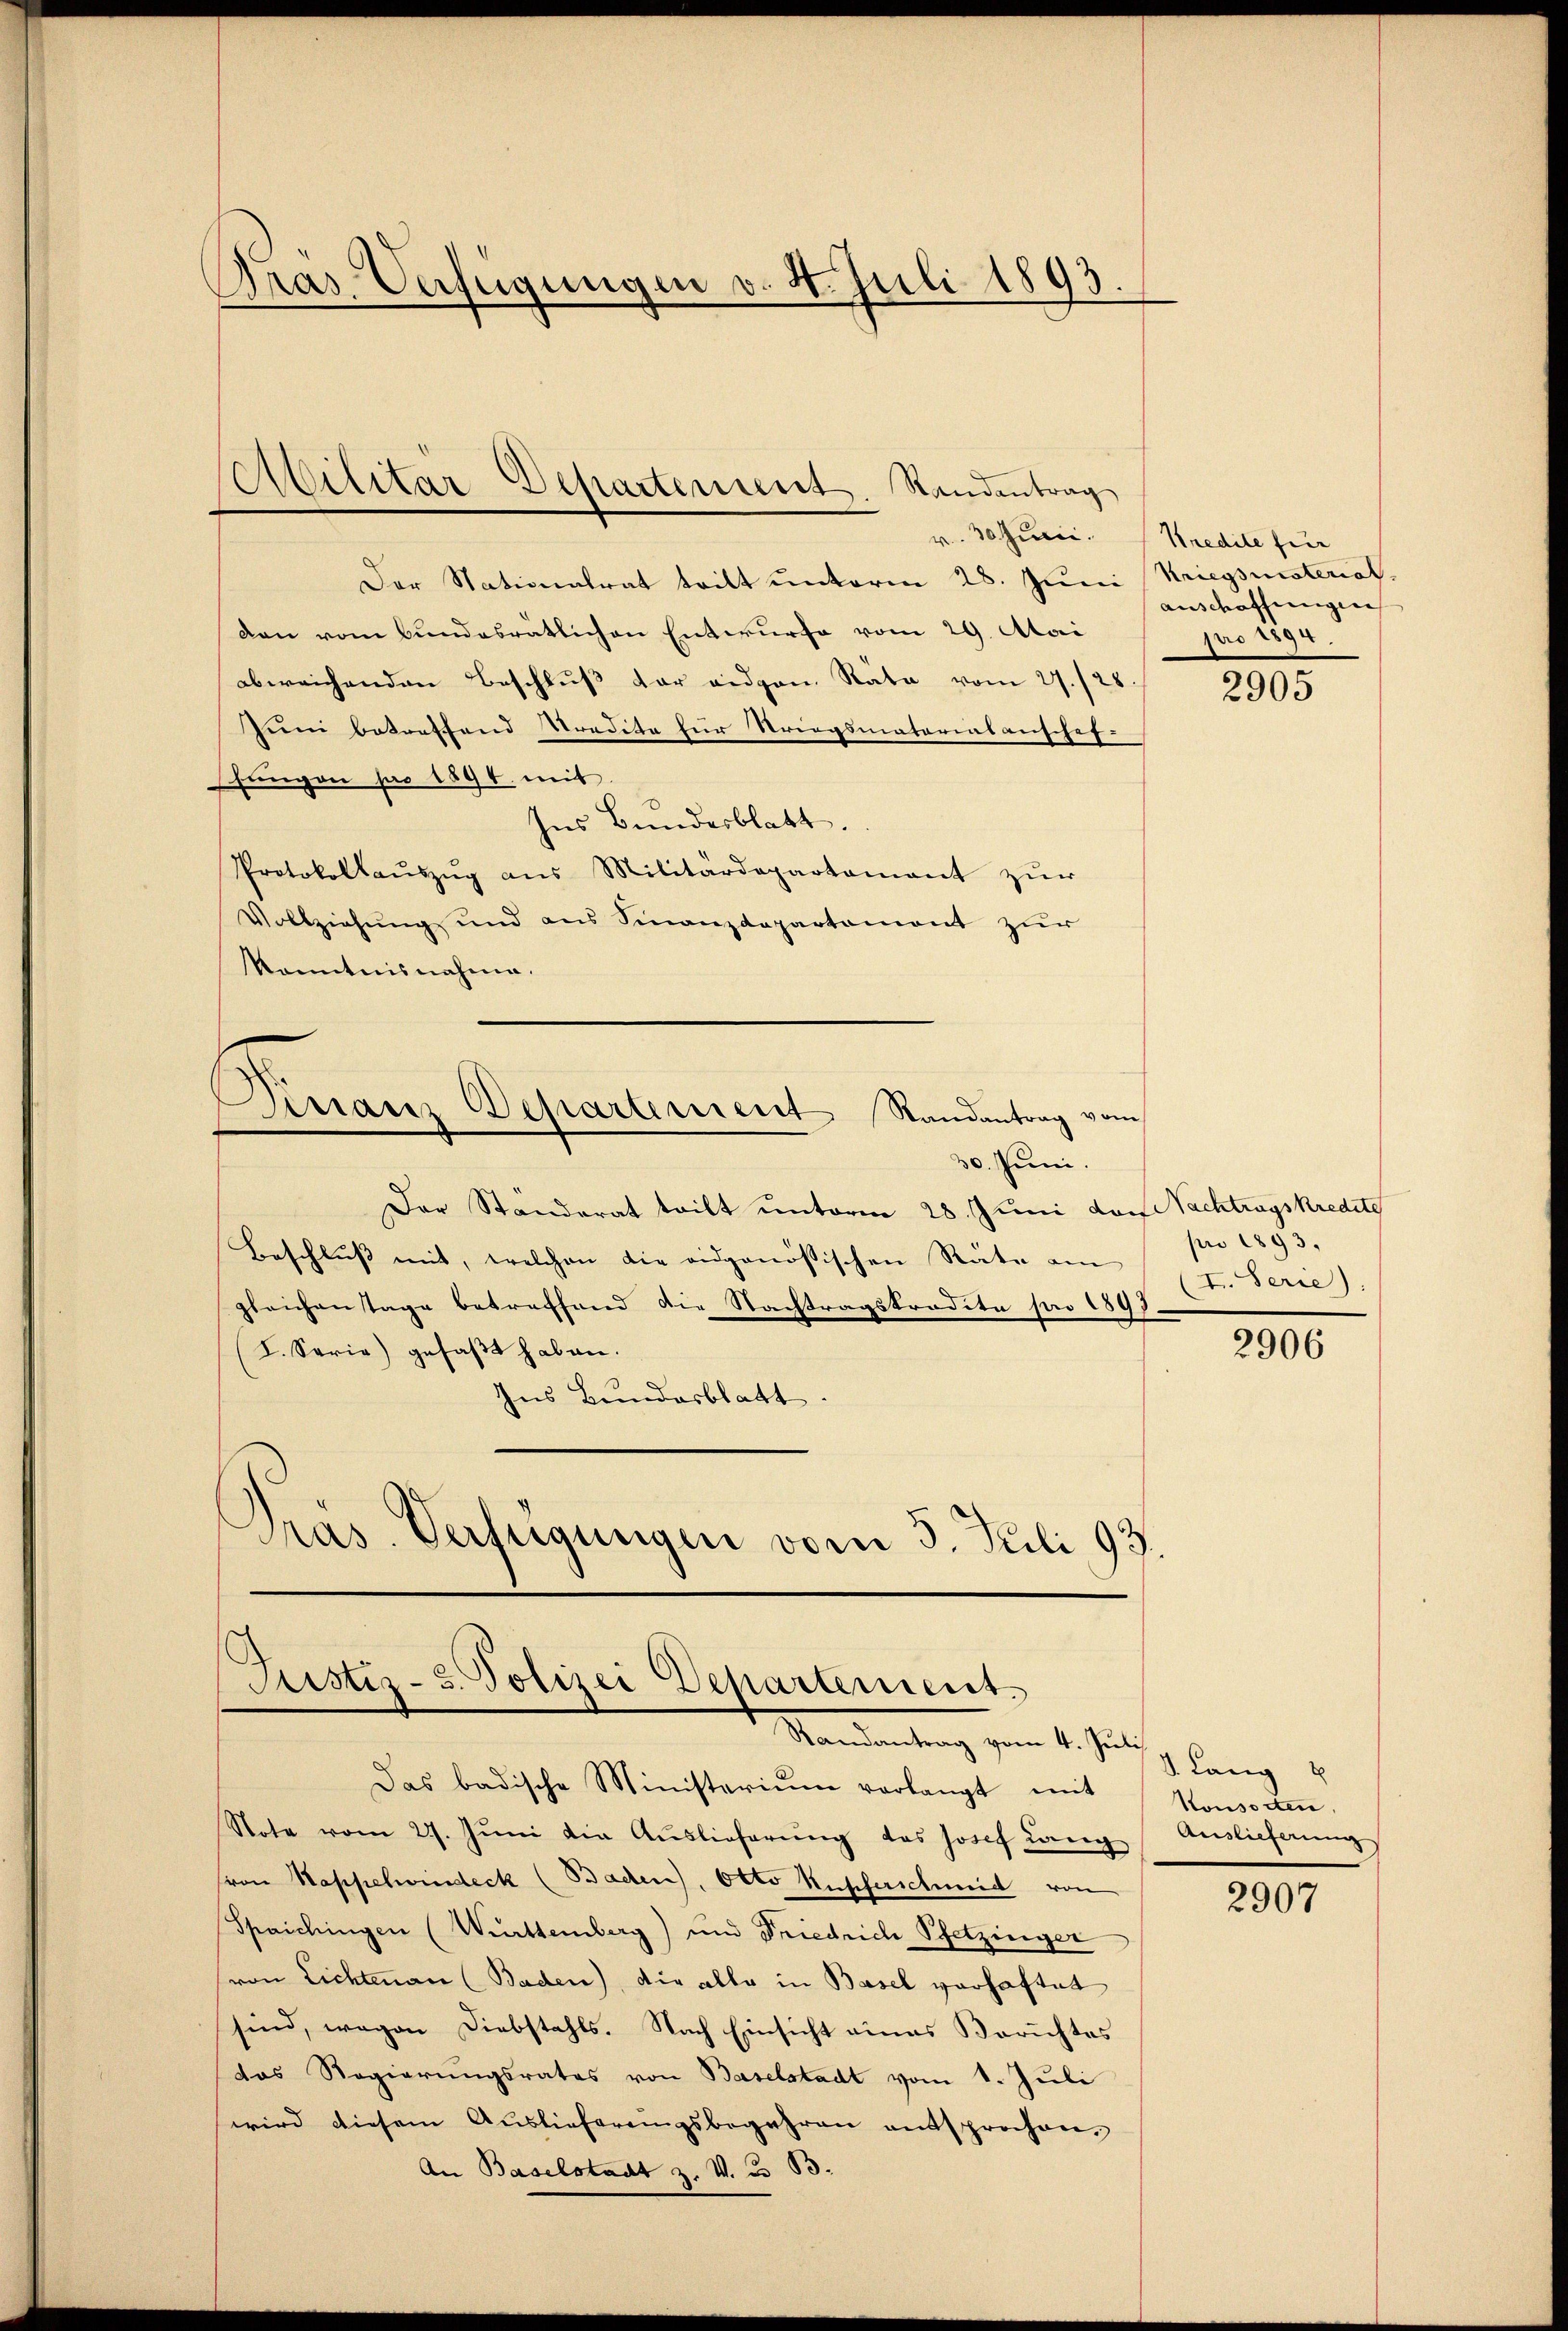
Pras. Verfügungen v. 4. Juli 1893.

Mabilitar Departement. Standentrag

Der Stationalrat tritt unterm 28. Juni Kriegslisteriat
den vom Bundesrätlichen Entwurfe vom 29. Atai
abweichenden Beschlŭβ der eidgen. Räte vom 27./25.
Juni betreffend redita für Striegsmatoriasanschef-
fungen pro 1894. mit
Ins Bundesblatt.
Protokollaŭszŭg ans Militärdepartamant zŭr
Vollziehung und aus Finanzdepartament zur
kanntnisnahme.
Finanz Departement Randantrag vom
30. Juni.
Der Ständerat teilt unterm 28. Juni der Nachtragskredite
Beschluss mit, welchen die eidgenößischen Räte am
gleichenstage betreffend die Nachtragskredite pro 189
I. Serie) gefaßt haben.
Ins Bundesblatt.
Pras-Verfügungen vom 3. Juli 193.

Justiz- u. Polizei Departement.
Randantrag vom 4. Juli

v. Sauce. Kredite für
auschaffungen
pro 1894.

Das badische Ministerium verlangt mit
Note vom 27. Jŭni die Auslieferŭng des Josef Lang Auslieferung
(von Hapschindeck (Bachen, Otto Kuscherschmid von
Spaichingen (Württemberg) und Friedrich Pfetzinger
von Lichtenan (Baden), die alle in Basel verhaftet
sind, wegen Diebstahls. Nach Einsicht eines Berichtes
das Regierungsrates von Baselstadt vom 1. Juli
wird diesem Auslieferungsbegehren entsprochen,
An Baselstadt z. v. 283.

2905

pro 1893.
I. Serie):

2906

d. Lang
Konsorten,

2907